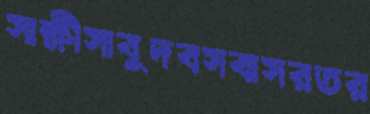
সাক্ষীসাবুদবসবাসরতর